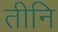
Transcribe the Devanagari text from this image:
तीनि